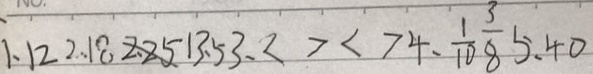
1 . 1 2 2 . 1 8 2 . 2 5 1 3 . 5 3 、 < > < > 4 . \frac { 1 } { 1 0 } \frac { 3 } { 8 } 5 . 4 0